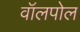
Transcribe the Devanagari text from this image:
वॉलपोल